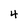
Character: 4